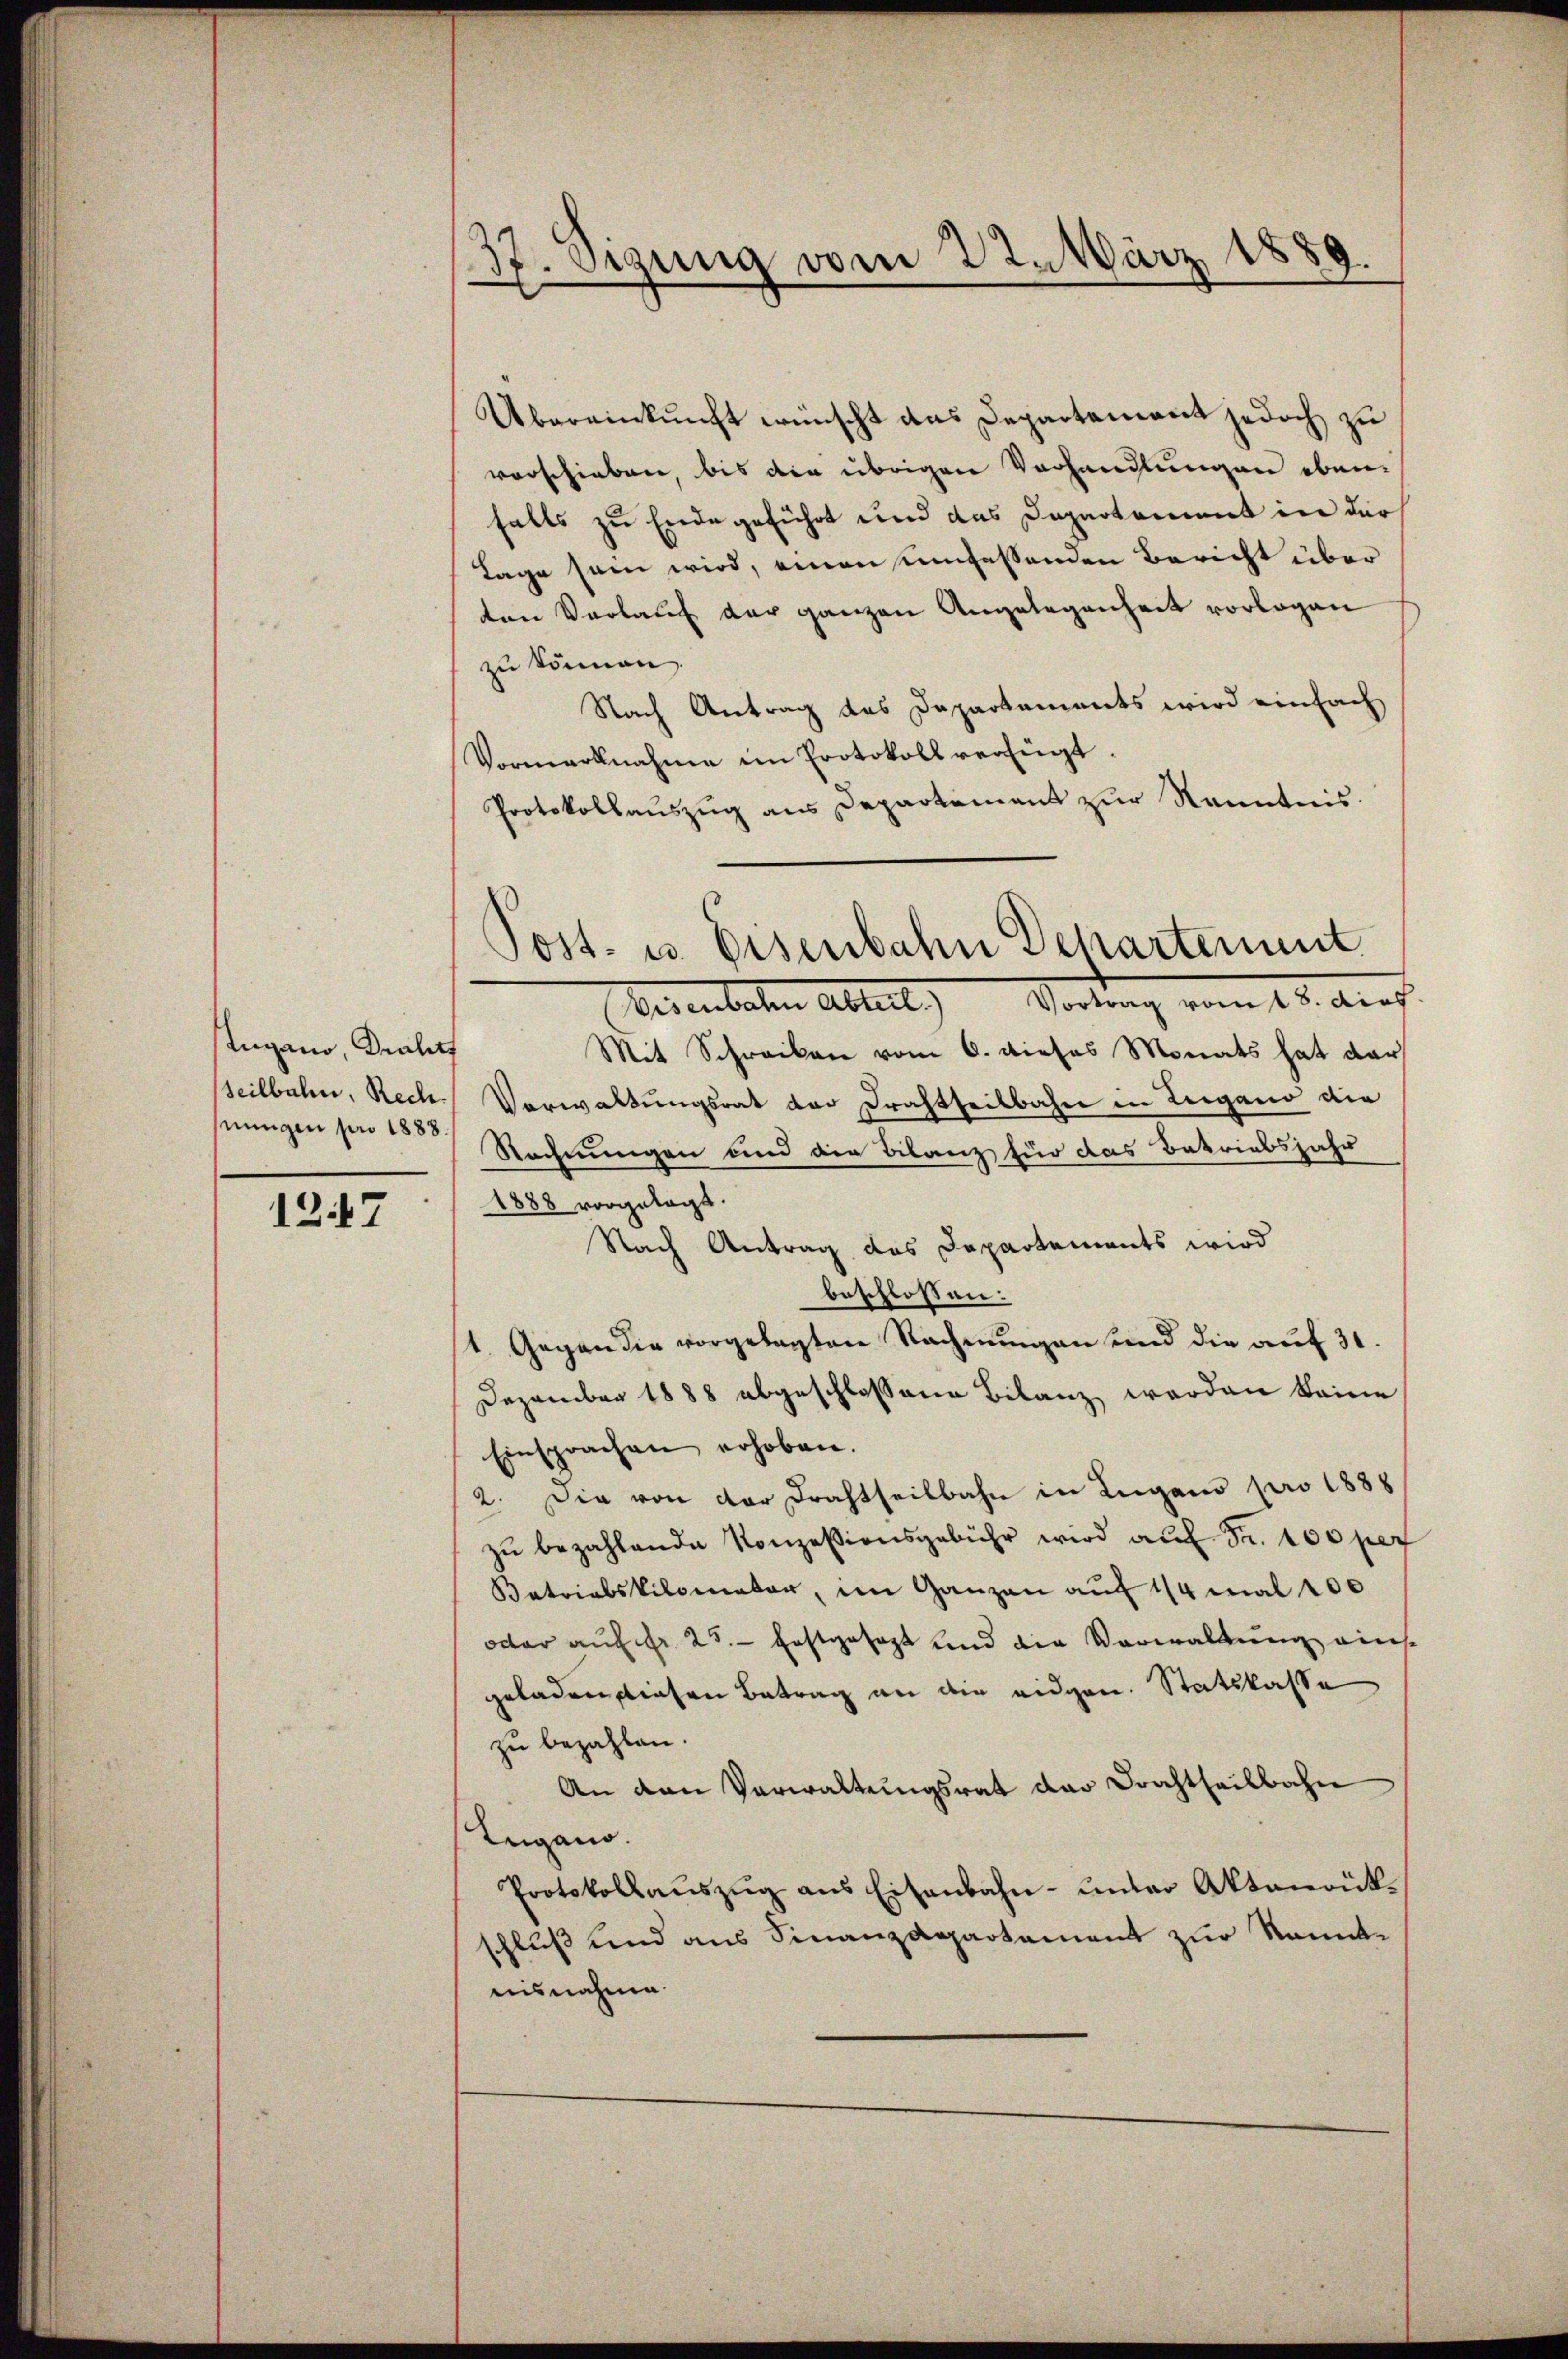
Lugano, Dralitt
nungen pro 1888.

127

37. Sigung vom 22. März 1889.

Übereinkunft wünscht das Departement jedoch zu
vorschieben, bis die übrigen Vorhandlungen ebenfalls zu Ende geführt und das Departement in der
Tage sein wird, einen umfassenden Bericht über
ten Verlauf der ganzen Angelegenheit vorlagen
zu können.
Nach Antrag des Departements wird einfach
Vormerknahme im Protokoll verfügt.
Protokollauszug aus Departement zur Kenntnis.
rientaten Abteil) Vortung vom 14. Aug.
Mit Schreiben vom 6. dieses Monats hat dar
seilbahn, Rech. Verwaltungsrat der Drahtheilbahn in Lugano die
Rechnungen und der Bilanz für das Betriebsjahr
1888 vorgelegt.
Nach Antrag des Departements wird
beschlossen:
1. Gegen die vorgelegten Rechnungen und die auf 31.
Dezember 1888 abgeschlossene Bilanz werden keine
Einsprachen erhoben.
2. Die von der Drahtheilbahn in Lugano pro 1888
zŭ bezahlende Konzessionsgebühr wird aŭf Fr. 100 per
Batriabskilometer, im Ganzen aŭf 1/4 mal 100
oder auf fr. 25. Erstgesagt und die Verwaltung eins.
geladen diesen Betrag an die eidgen. Statskasse
zu bezahlen.
An den Verwaltungsrat der Drachtheilbahn
Lugano.
Protokollaŭszŭg ans Eisenbahn- unter Aktenrük-
schluß und aus Finanzdepartement zur kanntnisnahme.

Post- u. Eisenbahn Departement